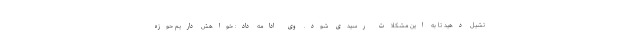
تشیل دهید تا به این مشکلات رسیدی شود. وی ادامه داد: خواهش داریم حوزه